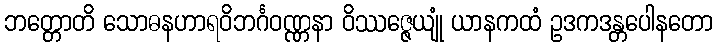
ဘတ္တောတိ သောဓနဟာရဝိဘင်္ဂဝဏ္ဏနာ ဝိဿဇ္ဇေယျုံ ယာနကထံ ဥဒကဒန္တပေါနတော